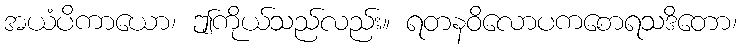
အယံပိကာယော၊ ဤကိုယ်သည်လည်း။ ရတနဝိလောပကစောရသဒိတော၊